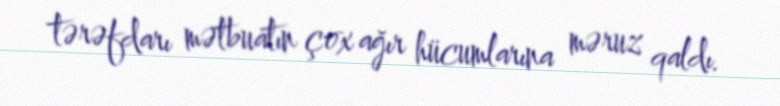
tərəfdarı mətbuatın çox ağır hücumlarına məruz qaldı.